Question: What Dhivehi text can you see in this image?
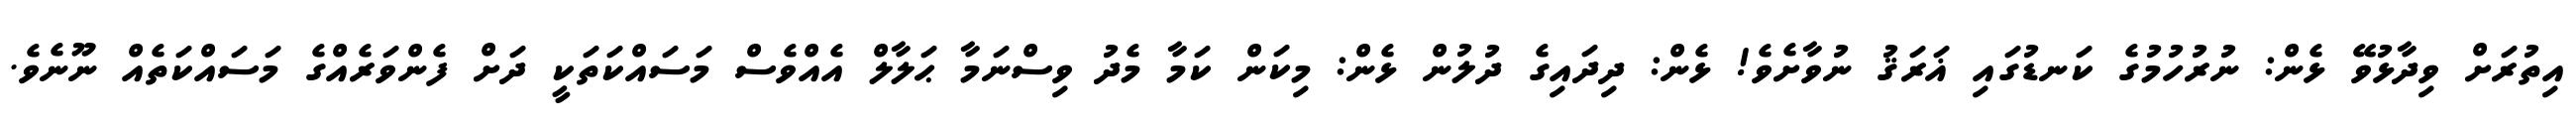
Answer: އިތުރަށް ވިދާޅުވޭ ޅެން: ނުރުހުމުގެ ކަނޑުގައި ޣަރަޤު ނުވާށެވެ! ޅެން: ދިދައިގެ ދުލުން ޅެން: މިކަން ކަމާ މެދު ވިސްނަމާ ޙަލާލް އެއްވެސް މަސައްކަތަކީ ދަށް ފެންވަރެއްގެ މަސައްކަތެއް ނޫނެވެ.